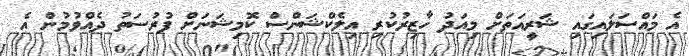
އެ މައްސަލައިގައި ޝަރީއަތަށް މިއަދު ހާޒިރުކުރި އިލެކްޝަންސް ކޮމިޝަނަށް ފުރުސަތު ދެއްވުމުން އެ